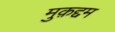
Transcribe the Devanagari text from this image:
मुक़द्दम